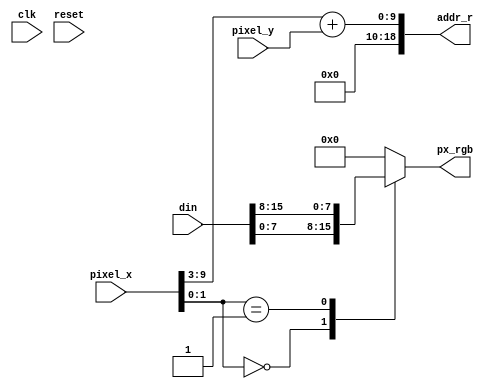
`timescale 1ns / 1ps
//////////////////////////////////////////////////////////////////////////////////
// Company: 
// Engineer: 
// 
// Design Name: 
// Module Name:    pixel_manager 
// Project Name: 
// Target Devices: 
// Tool versions: 
// Description: 
//
// Dependencies: 
//
// Revision: 
// Revision 0.01 - File Created
// Additional Comments: 
//
//////////////////////////////////////////////////////////////////////////////////
module pixel_manager
   (
	clk,
	reset,
	pixel_x, 
	pixel_y,
	din,
	px_rgb,
	addr_r
   );

//=============Input Ports=============================
	input	clk;	// Reloj del sistema
	input	reset;	// Reset
	input	[9:0] pixel_x; 
	input	[9:0] pixel_y;
	input   [31:0] din;
	
//=============Output Ports===========================
	output  [7:0] px_rgb;
	output  [18:0] addr_r;
	
//=============Input ports Data Type===================
	wire 	clk;
	wire 	reset;
	wire	[9:0] pixel_x; 
	wire	[9:0] pixel_y;
	wire    [31:0] din;
	
//=============Output Ports Data Type==================
	reg     [7:0] px_rgb;
	wire    [18:0] addr_r;
	
//=============Internal Variables======================
	
	
//==========Code startes Here==========================

  
   	//wire [18:0] pxl_addr;
	assign addr_r = {9'b0, pixel_x[9:3] + pixel_y};


	always @*
	begin	
		case (pixel_x[1:0])
			2'b00: px_rgb  <= din[7:0];
			2'b01: px_rgb  <= din[15:8];	
			2'b01: px_rgb  <= din[23:16];
			2'b01: px_rgb  <= din[31:24];	
			default:  px_rgb  <= 8'd0;
		endcase
		//px_rgb = font_rgb;
	end
	
endmodule